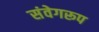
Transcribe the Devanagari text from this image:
संवेगरूप